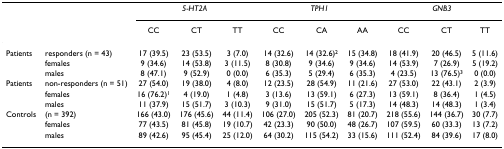
<table><thead><tr><td></td><td></td><td colspan="3"><b><i>5-HT2A</i></b></td><td colspan="3"><b><i>TPH1</i></b></td><td colspan="3"><b><i>GNB3</i></b></td></tr><tr><td></td><td></td><td><b>CC</b></td><td><b>CT</b></td><td><b>TT</b></td><td><b>CC</b></td><td><b>CA</b></td><td><b>AA</b></td><td><b>CC</b></td><td><b>CT</b></td><td><b>TT</b></td></tr></thead><tbody><tr><td>Patients</td><td>responders (n = 43)</td><td>17 (39.5)</td><td>23 (53.5)</td><td>3 (7.0)</td><td>14 (32.6)</td><td>14 (32.6)<sup>2</sup></td><td>15 (34.8)</td><td>18 (41.9)</td><td>20 (46.5)</td><td>5 (11.6)</td></tr><tr><td></td><td>females</td><td>9 (34.6)</td><td>14 (53.8)</td><td>3 (11.5)</td><td>8 (30.8)</td><td>9 (34.6)</td><td>9 (34.6)</td><td>14 (53.9)</td><td>7 (26.9)</td><td>5 (19.2)</td></tr><tr><td></td><td>males</td><td>8 (47.1)</td><td>9 (52.9)</td><td>0 (0.0)</td><td>6 (35.3)</td><td>5 (29.4)</td><td>6 (35.3)</td><td>4 (23.5)</td><td>13 (76.5)<sup>3</sup></td><td>0 (0.0)</td></tr><tr><td>Patients</td><td>non-responders (n = 51)</td><td>27 (54.0)</td><td>19 (38.0)</td><td>4 (8.0)</td><td>12 (23.5)</td><td>28 (54.9)</td><td>11 (21.6)</td><td>27 (53.0)</td><td>22 (43.1)</td><td>2 (3.9)</td></tr><tr><td></td><td>females</td><td>16 (76.2)<sup>1</sup></td><td>4 (19.0)</td><td>1 (4.8)</td><td>3 (13.6)</td><td>13 (59.1)</td><td>6 (27.3)</td><td>13 (59.1)</td><td>8 (36.4)</td><td>1 (4.5)</td></tr><tr><td></td><td>males</td><td>11 (37.9)</td><td>15 (51.7)</td><td>3 (10.3)</td><td>9 (31.0)</td><td>15 (51.7)</td><td>5 (17.3)</td><td>14 (48.3)</td><td>14 (48.3)</td><td>1 (3.4)</td></tr><tr><td>Controls</td><td>(n = 392)</td><td>166 (43.0)</td><td>176 (45.6)</td><td>44 (11.4)</td><td>106 (27.0)</td><td>205 (52.3)</td><td>81 (20.7)</td><td>218 (55.6)</td><td>144 (36.7)</td><td>30 (7.7)</td></tr><tr><td></td><td>females</td><td>77 (43.5)</td><td>81 (45.8)</td><td>19 (10.7)</td><td>42 (23.3)</td><td>90 (50.0)</td><td>48 (26.7)</td><td>107 (59.5)</td><td>60 (33.3)</td><td>13 (7.2)</td></tr><tr><td></td><td>males</td><td>89 (42.6)</td><td>95 (45.4)</td><td>25 (12.0)</td><td>64 (30.2)</td><td>115 (54.2)</td><td>33 (15.6)</td><td>111 (52.4)</td><td>84 (39.6)</td><td>17 (8.0)</td></tr></tbody></table>